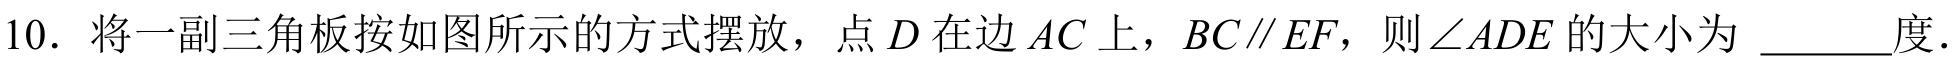
10. 将一副三角板按如图所示的方式摆放，点 \(D\) 在边 \(AC\) 上，\(BC\parallel EF\)，则\(\angle ADE\) 的大小为 \_\_\_\_度.